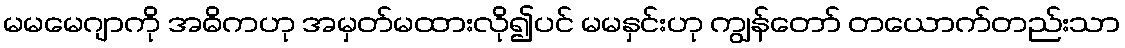
မမမေဂျာကို အဓိကဟု အမှတ်မထားလို၍ပင် မမနှင်းဟု ကျွန်တော် တယောက်တည်းသာ